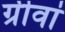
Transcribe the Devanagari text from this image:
ग्रीवां